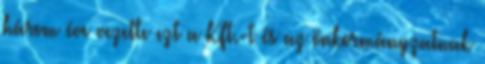
három éve vezette ezt a Kft.-t és az önkormányzatnak